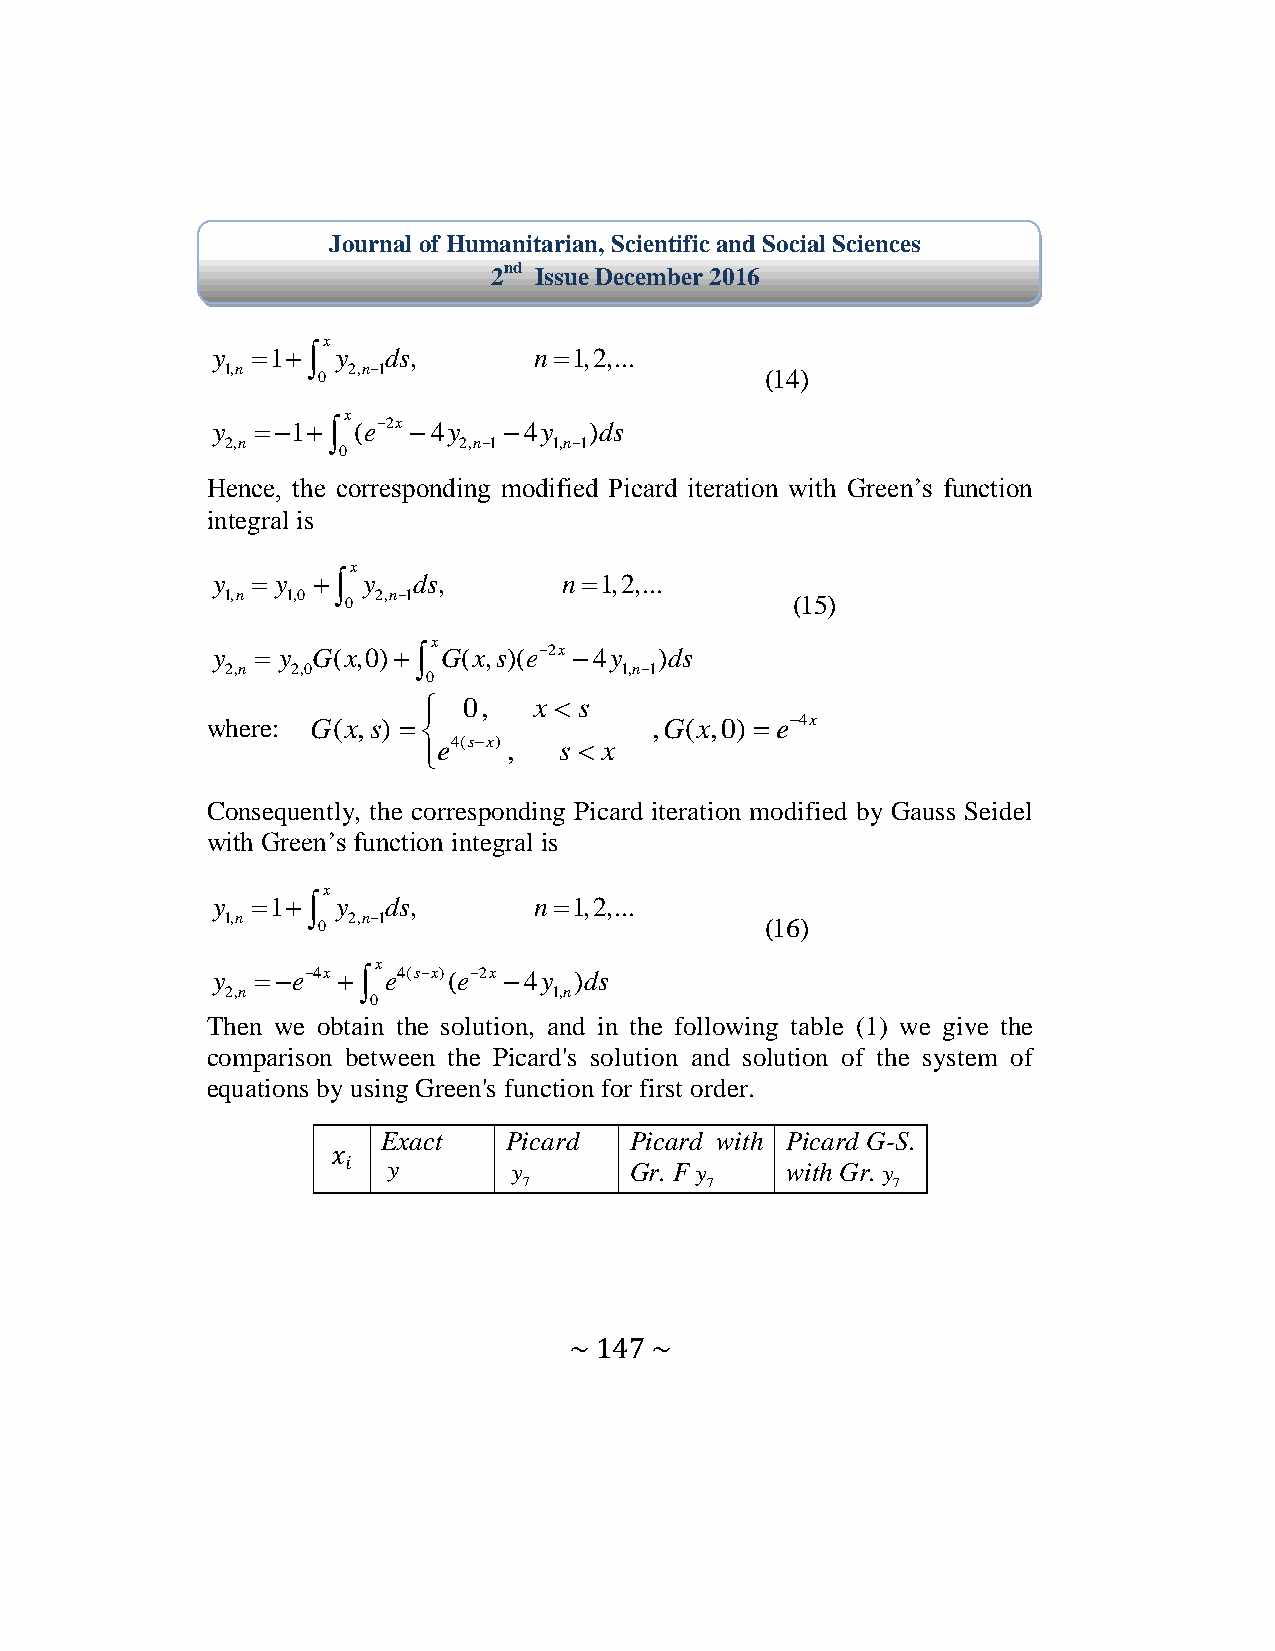
Journal of Humanitarian, Scientific and Social Sciences
 2nd Issue December 2016
 x
 y  1 y   ds,      n1,2,...
 1,n   0 2,n1                       (14)
 x
 y  1 (e2x 4y 4y   )ds
 2,n            2,n1  1,n1
 0
 Hence the corresponding modified icard iteration with Green’s function
 integral is
 x
 y   y  y  ds,       n1,2,...
 1,n 1,0 0 2,n1                       (15)
 x
 y   y G(x,0) G(x,s)(e2x 4y )ds
 2,n 2,0                   1,n1
 0
   0,  x  s
 where: G(x,s)              ,G(x,0)  e4x
 e4(sx) , s  x
 
 Consequently, the corresponding Picard iteration modified by Gauss Seidel
 with Green’s function integral is
 x
 y  1 y   ds,      n1,2,...
 1,n   0 2,n1                       (16)
 x
 y  e4x  e4(sx)(e2x 4y )ds
 2,n
 0
 1,n
 Then we obtain the solution, and in the following table (1) we give the
 comparison between the Picard's solution and solution of the system of
 equations by using Green's function for first order.
 Exact   Picard   Picard with Picard G-S.
 y       y       Gr. F y   with Gr. y
 7           7           7
 ~ 147 ~